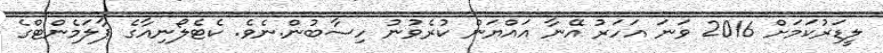
ލީޑަރުކަމަށް 2016 ވަނަ އަހަރު އޭނާ އައްޔަން ކުރެވުނު ހިސާބުން.ނެވެ. ކެޓެލޯނިއާގެ ޕާލަމެންޓްގެ